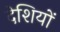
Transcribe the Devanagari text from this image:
देशियों